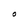
Character: o